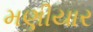
મણીયાર